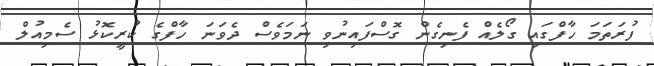
ފުރަތަމަ ހާފްގައި ގޯލެއް ފެނިގެން ގޮސްފައިނުވި ނަމަވެސް ދެވަނަ ހާފްގެ ކުރީކޮޅު ސެމިއުލް